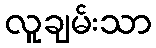
လူချမ်းသာ